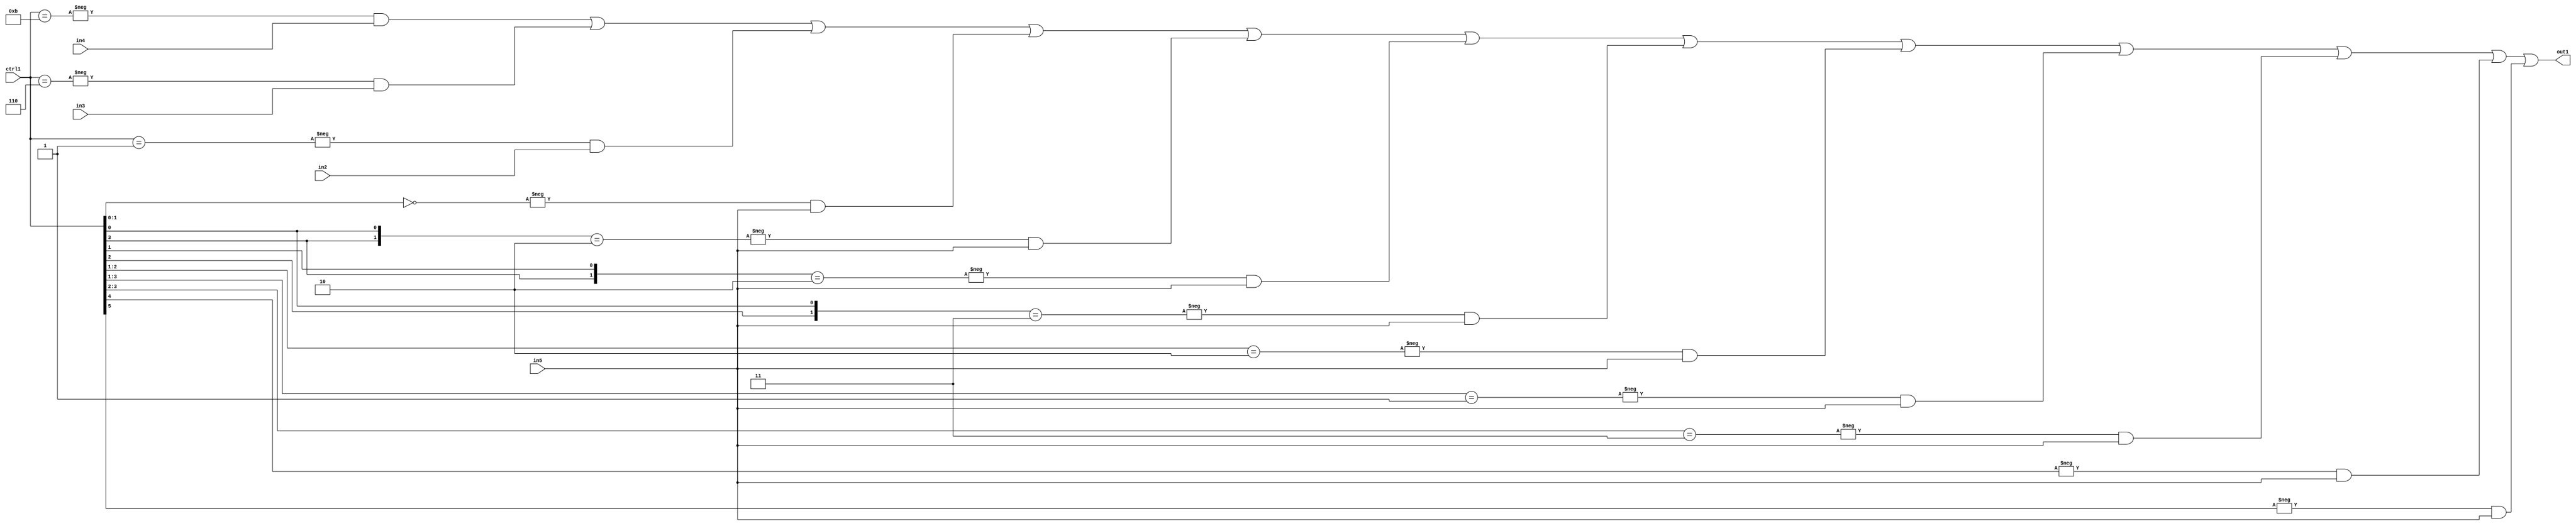
`timescale 1ps / 1ps
/*****************************************************************************
    Verilog RTL Description
    
    
    Created by: Stratus DpOpt 21.05.01 
*******************************************************************************/

module SobelFilter_N_Mux_32_4_58_1 (
	in5,
	in4,
	in3,
	in2,
	ctrl1,
	out1
	); /* architecture "behavioural" */ 
input [31:0] in5;
input [8:0] in4,
	in3,
	in2;
input [5:0] ctrl1;
output [31:0] out1;
wire [31:0] asc001;

assign asc001 = 
	-{ctrl1 == 6'B001011} & in4 |
	-{ctrl1 == 6'B000110} & in3 |
	-{ctrl1 == 6'B000001} & in2 |
	-{ctrl1[1:0] == 2'B00} & in5 |
	-{{ctrl1[3], ctrl1[0]} == 2'B10} & in5 |
	-{{ctrl1[3], ctrl1[1]} == 2'B10} & in5 |
	-{{ctrl1[2], ctrl1[0]} == 2'B11} & in5 |
	-{ctrl1[2:1] == 2'B10} & in5 |
	-{ctrl1[3:1] == 3'B001} & in5 |
	-{ctrl1[3:2] == 2'B11} & in5 |
	-{ctrl1[4] == 1'B1} & in5 |
	-{ctrl1[5] == 1'B1} & in5 ;

assign out1 = asc001;
endmodule

/* CADENCE  vbP0SAo= : u9/ySxbfrwZIxEzHVQQV8Q== ** DO NOT EDIT THIS LINE ******/